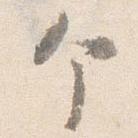
个